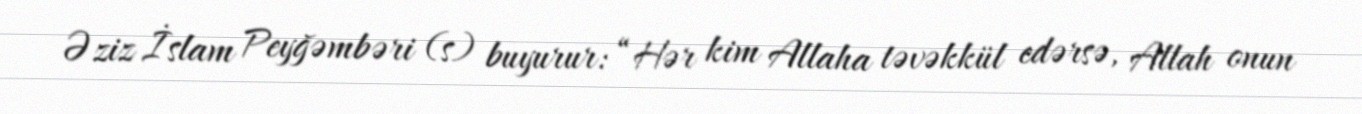
Əziz İslam Peyğəmbəri (s) buyurur: “Hər kim Allaha təvəkkül edərsə, Allah onun